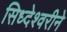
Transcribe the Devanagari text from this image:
सिध्देश्वरीने